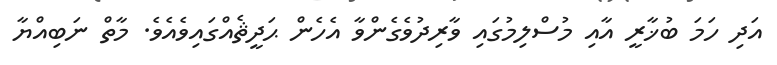
އަދި ހަމަ ބުޚާރީ އާއި މުސްލިމުގައި ވާރިދުވެގެންވާ އެހެން ޙަދީޘެއްގައިވެއެވެ. މާތް ނަބިއްޔާ